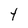
Character: t